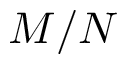
M / N